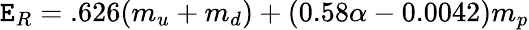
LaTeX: \mathtt{E}_{R}=.626(m_{u}+m_{d})+(0.58\alpha-0.0042)m_{p}